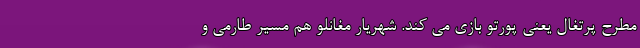
مطرح پرتغال یعنی پورتو بازی می کند. شهریار مغانلو هم مسیر طارمی و